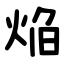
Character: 焔